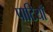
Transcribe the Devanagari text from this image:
पाटियाँ